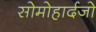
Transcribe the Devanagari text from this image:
सोमोहार्दजो